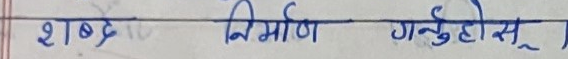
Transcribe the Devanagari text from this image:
शब्द निर्माण गर्नुहोस् ।